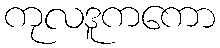
ကုလဒူကကော